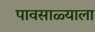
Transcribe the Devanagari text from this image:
पावसाळ्याला